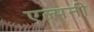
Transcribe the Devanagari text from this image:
एल्मनी